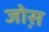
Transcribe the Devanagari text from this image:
जोस़